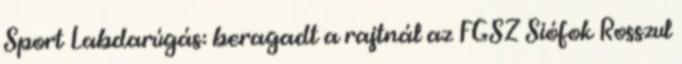
Sport Labdarúgás: beragadt a rajtnál az FGSZ Siófok Rosszul